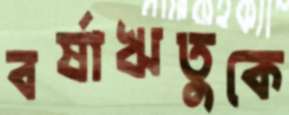
বর্ষাঋতুকে